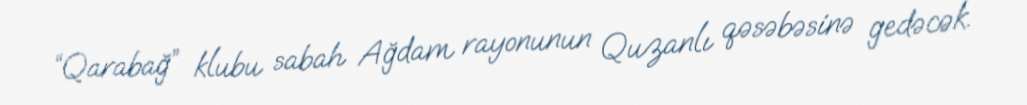
“Qarabağ” klubu sabah Ağdam rayonunun Quzanlı qəsəbəsinə gedəcək.